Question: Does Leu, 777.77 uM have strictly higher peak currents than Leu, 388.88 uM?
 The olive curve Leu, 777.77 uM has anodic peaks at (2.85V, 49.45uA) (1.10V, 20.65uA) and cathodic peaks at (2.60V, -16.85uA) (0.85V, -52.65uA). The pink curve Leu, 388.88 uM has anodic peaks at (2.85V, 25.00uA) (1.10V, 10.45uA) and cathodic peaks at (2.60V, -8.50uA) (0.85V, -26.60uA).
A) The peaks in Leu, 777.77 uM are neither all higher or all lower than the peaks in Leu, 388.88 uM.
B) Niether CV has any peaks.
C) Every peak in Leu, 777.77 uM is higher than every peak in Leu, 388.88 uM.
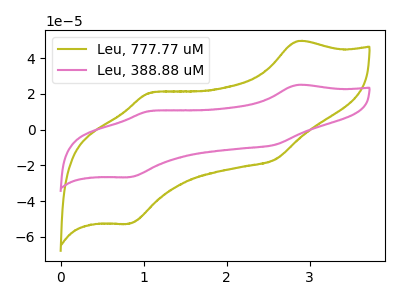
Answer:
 <answer>C) Every peak in "Leu, 777.77 uM" is higher than every peak in "Leu, 388.88 uM".</answer>
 <eval>C</eval>